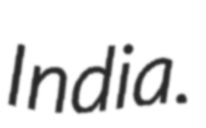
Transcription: India.